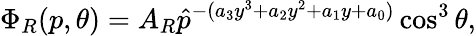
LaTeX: \Phi_{R}(p,\theta)=A_{R}\hat{p}^{-(a_{3}y^{3}+a_{2}y^{2}+a_{1}y+a_{0})}\cos^{3}\theta,